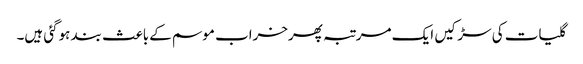
گلیات کی سڑکیں ایک مرتبہ پھرخراب موسم کےباعث بند ہوگئی ہیں۔